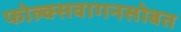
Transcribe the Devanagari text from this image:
फोल्क्सवागनसोबत